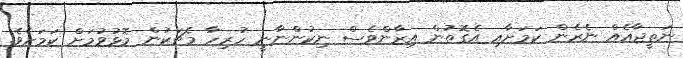
ނަތީޖާއެއް ނެރެން ކަމަށާއި އެގޮތުން އިރާންވެސް ނިކުންނާނީ ހުރިހާ މެޗަކުން މޮޅުވުމަށް ކަމަށެވެ.